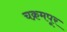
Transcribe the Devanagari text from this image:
चक्रमपूर